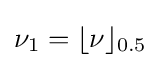
\nu _{1}=\lfloor \nu \rfloor _{0.5}